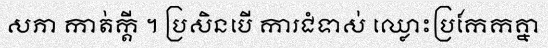
សភា កាត់ក្តី ។ ប្រសិនបើ ការជំទាស់ ឈ្លោះប្រកែកគ្នា